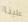
علينا